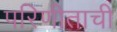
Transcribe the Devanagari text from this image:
परिणीताची